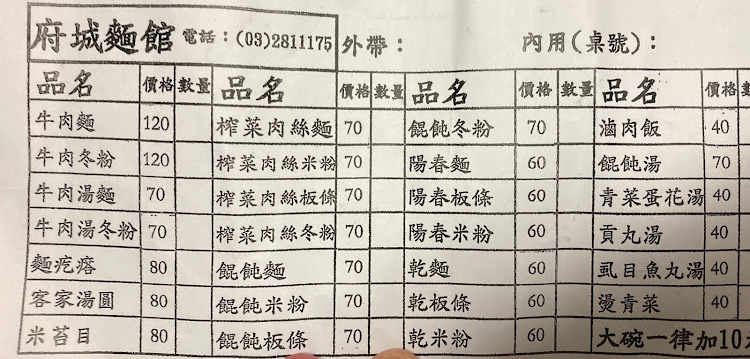
餐廳：府城麵館
電話：(08)2811175
菜單：
name: 牛肉麵
price: 120
name: 榨菜肉絲麵
price: 70
name: 餛飩冬粉
price: 70
name: 滷肉飯
price: 40
name: 牛肉冬粉
price: 120
name: 榨菜肉絲米粉
price: 70
name: 陽春麵
price: 60
name: 餛飩湯
price: 70
name: 牛肉湯麵
price: 70
name: 榨菜肉絲板條
price: 70
name: 陽春粄條
price: 60
name: 青菜蛋花湯
price: 40
name: 牛肉湯冬粉
price: 70
name: 榨菜肉絲冬粉
price: 70
name: 陽春米粉
price: 60
name: 貢丸湯
price: 40
name: 麵疙瘩
price: 80
name: 餛飩麵
price: 70
name: 乾麵
price: 60
name: 虱目魚丸湯
price: 40
name: 客家湯圓
price: 80
name: 餛飩米粉
price: 70
name: 乾板條
price: 60
name: 燙青菜
price: 40
name: 米苔目
price: 80
name: 餛飩粄條
price: 70
name: 乾米粉
price: 60